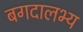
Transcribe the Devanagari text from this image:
बगदालभ्य